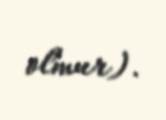
olmur).